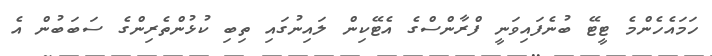
ހަމައެހެންމެ ޓީޓޭ ބުނެފައިވަނީ ފްރާންސްގެ އެޓޭކިން ލައިނުގައި ތިބި ކުޅުންތެރިންގެ ސަބަބުން އެ